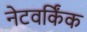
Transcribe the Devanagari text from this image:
नेटवर्किंक